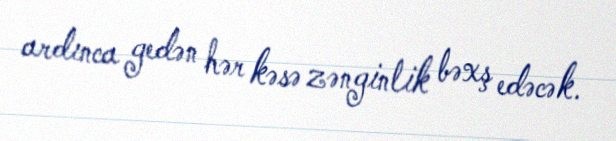
ardınca gedən hər kəsə zənginlik bəxş edəcək.